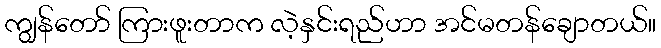
ကျွန်တော် ကြားဖူးတာက လဲ့နှင်းရည်ဟာ အင်မတန်ချောတယ်။